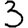
Digit: 3